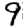
Digit: 9